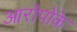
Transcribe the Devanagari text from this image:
आरोपोंके